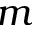
m